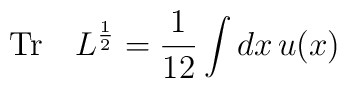
{\rm Tr}\quad L^{1\over 2} = {1\over 12} \int dx\, u(x)